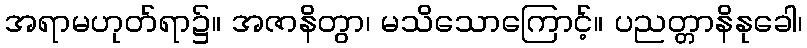
အရာမဟုတ်ရာ၌။ အဇာနိတွာ၊ မသိသောကြောင့်။ ပညတ္တာနိနုခေါ၊